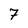
Character: 7